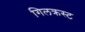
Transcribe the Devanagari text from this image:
गिलक्रस्ट